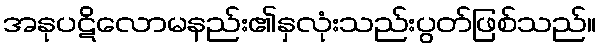
အနုပဋိလောမနည်း၏နှလုံးသည်းပွတ်ဖြစ်သည်။